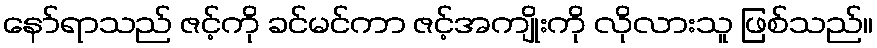
နော်ရာသည် ဇင့်ကို ခင်မင်ကာ ဇင့်အကျိုးကို လိုလားသူ ဖြစ်သည်။